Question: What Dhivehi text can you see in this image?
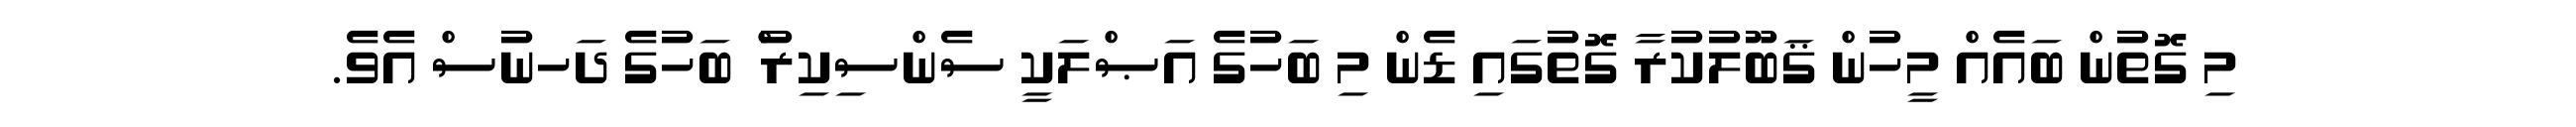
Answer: މި ގޮތުން ބައެއް މީހުން ޤަބޫލުކުރާ ގޮތުގައި ޑެން މި ބަހުގެ އަޞްލަކީ ސެންސިކިރު ް ބަހުގެ ދަހނުސް އެވެ.